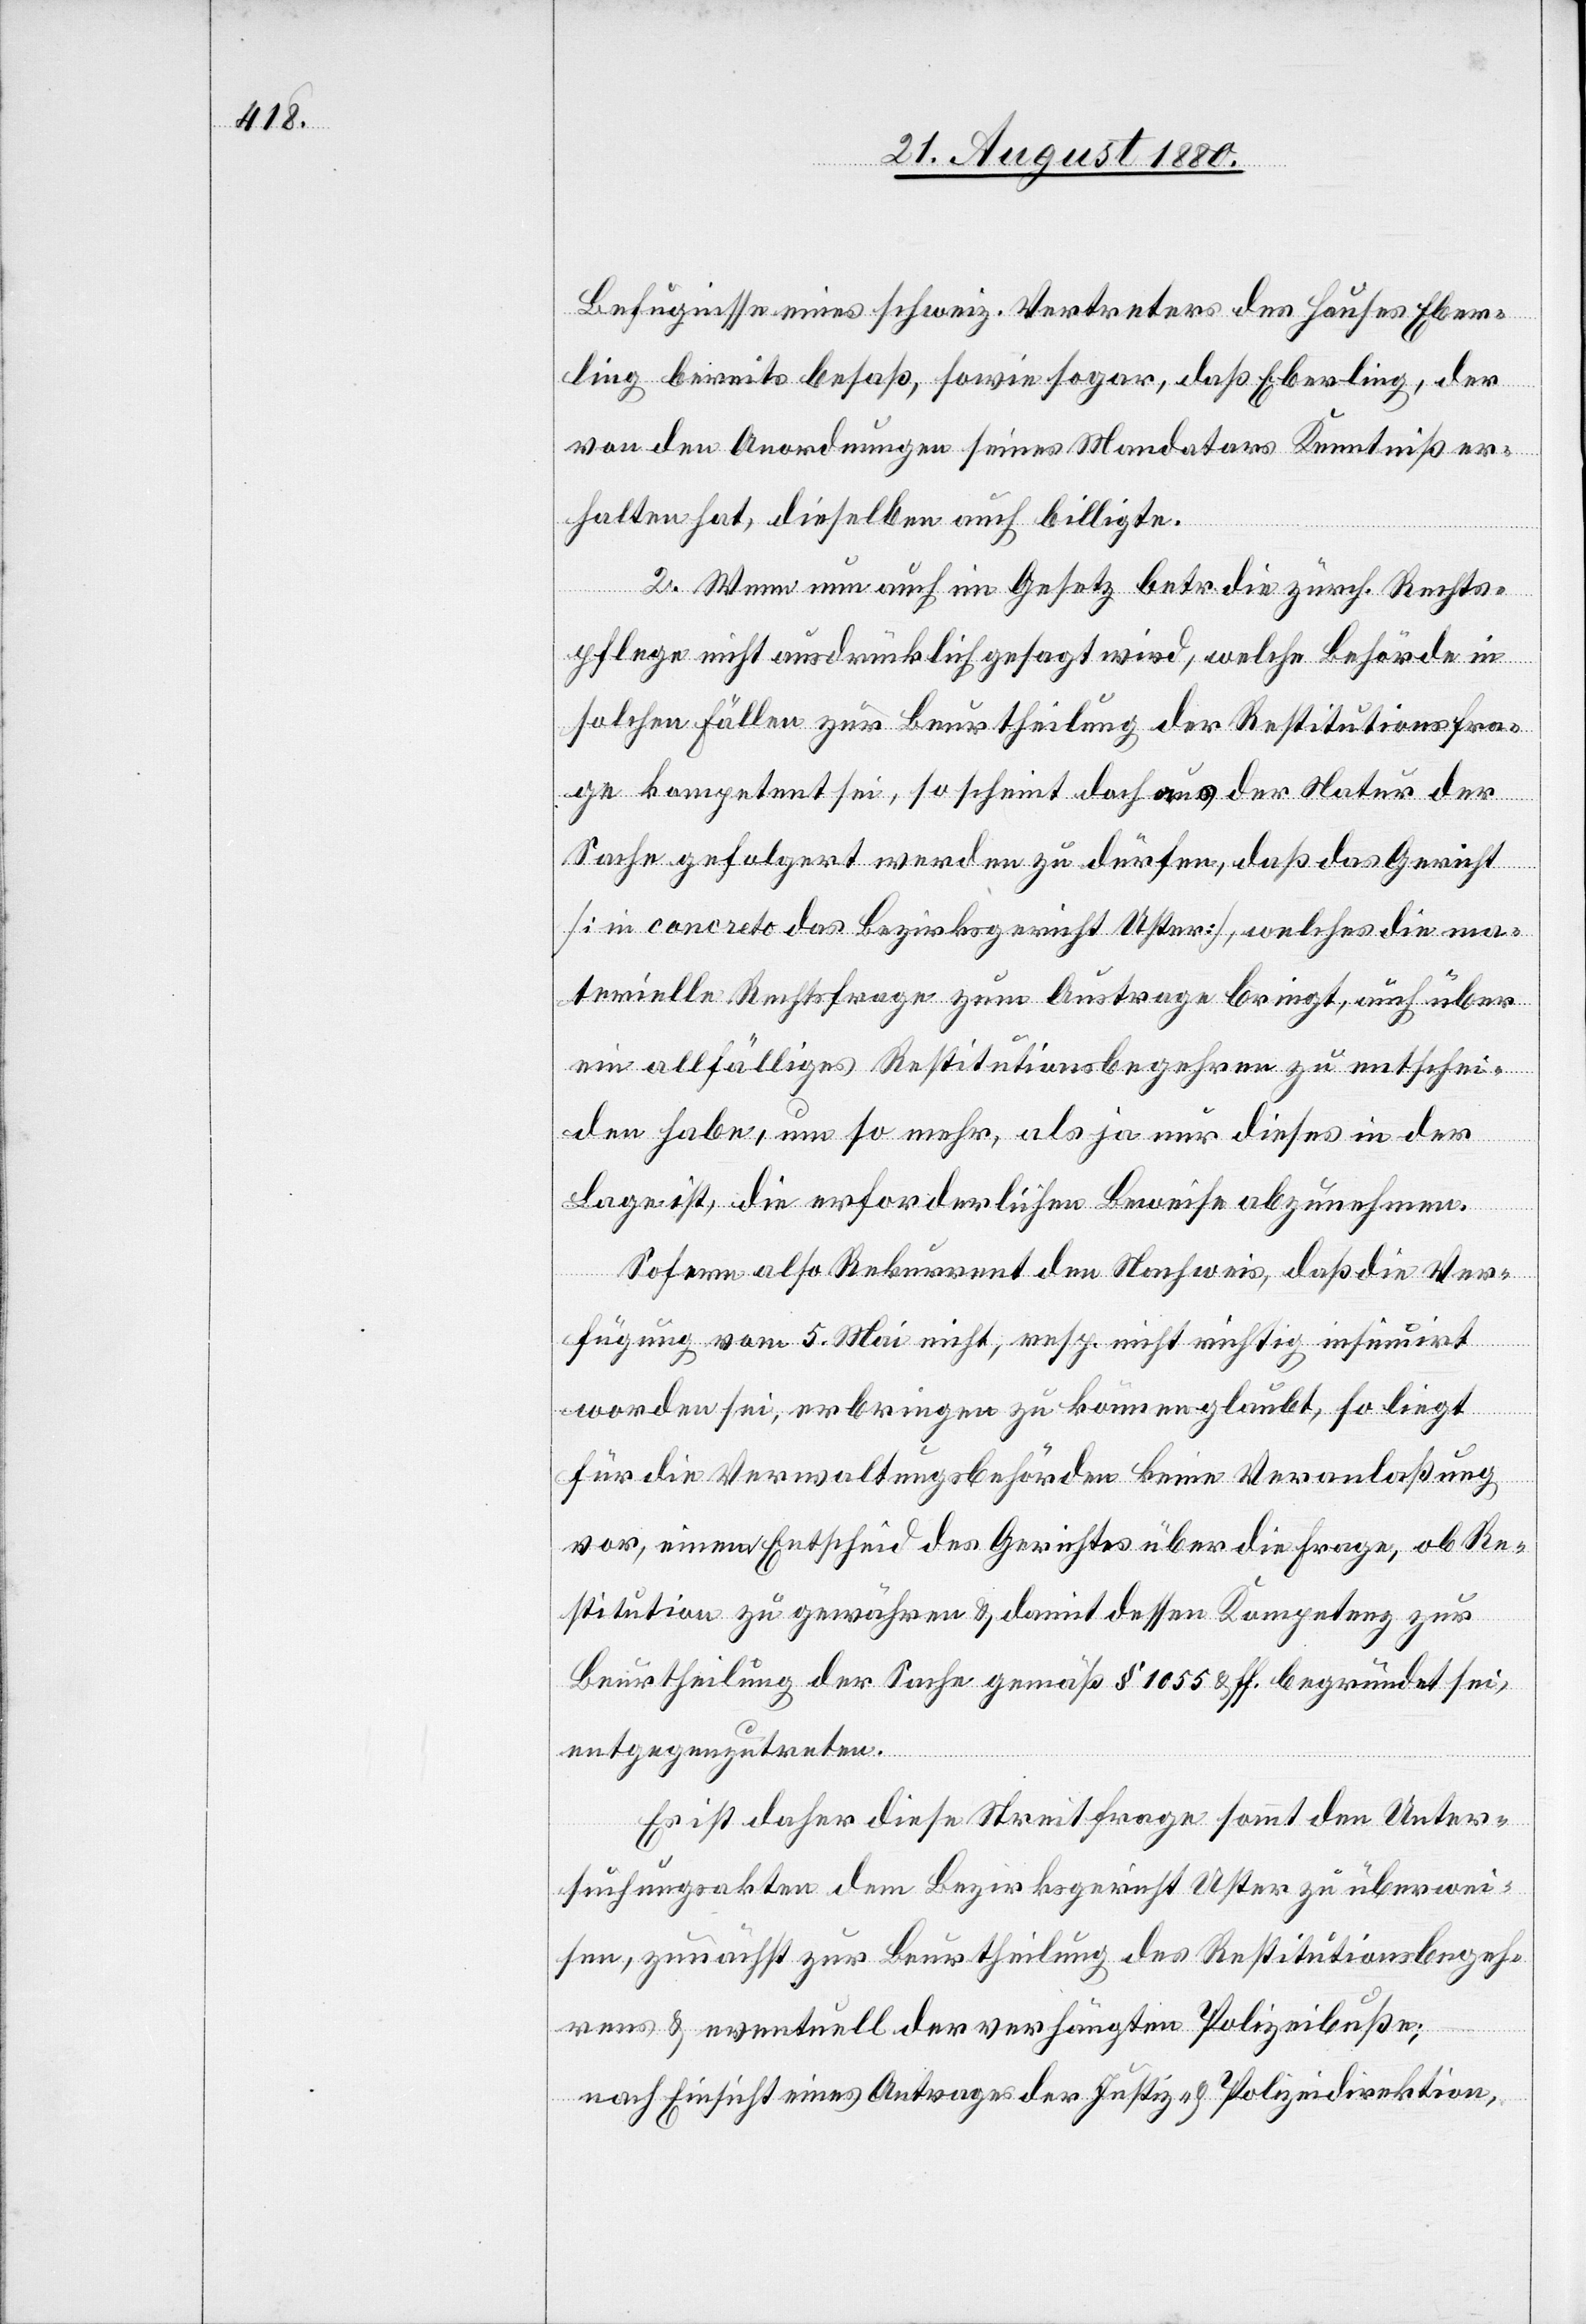
Befugnisse eines schweiz. Vertreter des Hauses Eber¬
ling bereits besaß, sowie sogar, daß Eberling, der
von den Anordnungen seines Mandatars Kenntniß er¬
halten hat, dieselben auch billigte.
2. Wenn nun auch im Gesetz betr. die zürch. Rechts¬
pflege nicht ausdrücklich gesagt wird, welche Behörde in
solchen Fällen zur Beurtheilung der Restitutionsfra¬
ge kompetent sei, so scheint doch aus der Natur der
Sache gefolgert werden zu dürfen, daß das Gericht
[in concreto das Bezirksgericht Uster], welches die ma¬
terielle Rechtsfrage zum Austrage bringt, auch über
ein allfälliges Restitutionsbegehren zu entschei¬
den habe, um so mehr, als ja nur dieses in der
Lage ist, die erforderlichen Beweise abzunehmen.
Sofern also Rekurrent den Nachweis, daß die Ver¬
fügung vom 5. Mai nicht, resp. nicht richtig insumirt
worden sei, erbringen zu können glaubt, so liegt
für die Verwaltungsbehörde keine Veranlaßung
vor, einen Entscheid des Gerichtes über die Frage, ob Re¬
stitution zu gewähren & damit dessen Kompetenz zur
Beurtheilung der Sache gemäß § 1055 & ff. begründet sei,
entgegenzutreten.
Es ist daher diese Streitfrage sammt den Unter¬
suchungsakten dem Bezirksgericht Uster zu überwei¬
sen, zunächst zur Beurtheilung des Restitutionsbegeh¬
rens & eventuell der verhängten Polizeibuße;
nach Einsicht eines Antrages der Justiz- & Polizeidirektion,